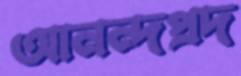
আনন্দপ্রদ